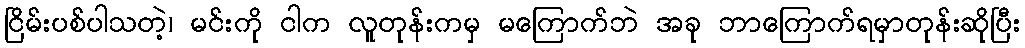
ငြိမ်းပစ်ပါသတဲ့၊ မင်းကို ငါက လူတုန်းကမှ မကြောက်ဘဲ အခု ဘာကြောက်ရမှာတုန်းဆိုပြီး